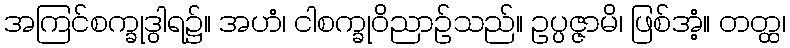
အကြင်စက္ခုဒွါရ၌။ အဟံ၊ ငါစက္ခုဝိညာဉ်သည်။ ဥပ္ပဇ္ဇာမိ၊ ဖြစ်အံ့။ တတ္ထ၊